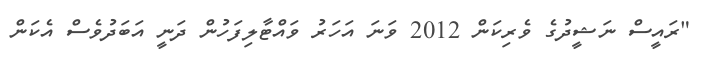
"ރައީސް ނަޝީދުގެ ވެރިކަން 2012 ވަނަ އަހަރު ވައްޓާލިފަހުން ދަނީ އަބަދުވެސް އެކަން